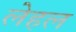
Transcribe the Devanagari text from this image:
लेहल